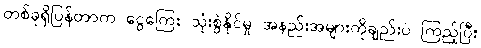
တစ်ခုရှိပြန်တာက ငွေကြေး သုံးစွဲနိုင်မှု အနည်းအများကိုချည်းပဲ ကြည့်ပြီး